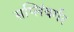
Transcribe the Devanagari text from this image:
सप्लिंबर्गर